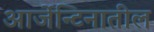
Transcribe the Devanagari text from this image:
आर्जेन्टिनातील